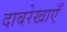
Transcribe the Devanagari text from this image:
दाबरेखाएँ